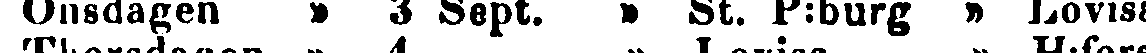
Onsdagen » 3 Sept. » St. P:burg » Lovisa.